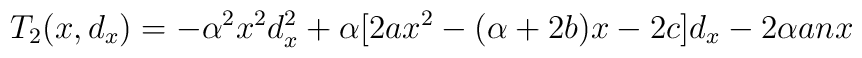
T_2(x,d_x)= -\alpha ^2 x^2d_x^2 + \alpha [2ax^2-(\alpha+2b)x-2c]d_x -2\alpha anx